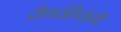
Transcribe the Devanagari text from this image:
दीनदलितांची